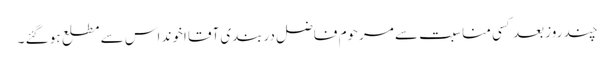
چند روز بعد کسی مناسبت سے مرحوم فاضل دربندی آقا اخوند اس سے مطلع ہو گئے ۔